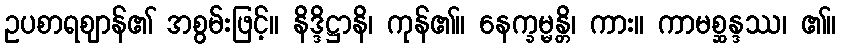
ဥပစာရဈာန်၏ အစွမ်းဖြင့်။ နိဒ္ဒိဋ္ဌာနိ၊ ကုန်၏။ နေက္ခမ္မန္တိ၊ ကား။ ကာမစ္ဆန္ဒဿ၊ ၏။